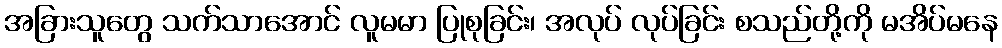
အခြားသူတွေ သက်သာအောင် လူမမာ ပြုစုခြင်း၊ အလုပ် လုပ်ခြင်း စသည်တို့ကို မအိပ်မနေ